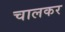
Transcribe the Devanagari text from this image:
चालकर